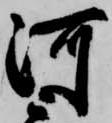
河